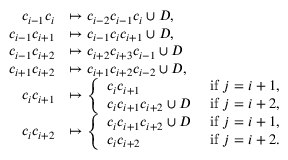
\begin{array} { r l } { c _ { i - 1 } c _ { i } } & { \mapsto c _ { i - 2 } c _ { i - 1 } c _ { i } \cup D , } \\ { c _ { i - 1 } c _ { i + 1 } } & { \mapsto c _ { i - 1 } c _ { i } c _ { i + 1 } \cup D , } \\ { c _ { i - 1 } c _ { i + 2 } } & { \mapsto c _ { i + 2 } c _ { i + 3 } c _ { i - 1 } \cup D } \\ { c _ { i + 1 } c _ { i + 2 } } & { \mapsto c _ { i + 1 } c _ { i + 2 } c _ { i - 2 } \cup D , } \\ { c _ { i } c _ { i + 1 } } & { \mapsto \left\{ \begin{array} { l l } { c _ { i } c _ { i + 1 } } & { \mathrm { ~ i f ~ } j = i + 1 , } \\ { c _ { i } c _ { i + 1 } c _ { i + 2 } \cup D } & { \mathrm { ~ i f ~ } j = i + 2 , } \end{array} \right. } \\ { c _ { i } c _ { i + 2 } } & { \mapsto \left\{ \begin{array} { l l } { c _ { i } c _ { i + 1 } c _ { i + 2 } \cup D } & { \mathrm { ~ i f ~ } j = i + 1 , } \\ { c _ { i } c _ { i + 2 } } & { \mathrm { ~ i f ~ } j = i + 2 . } \end{array} \right. } \end{array}